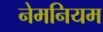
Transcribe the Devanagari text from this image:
नेमनियम